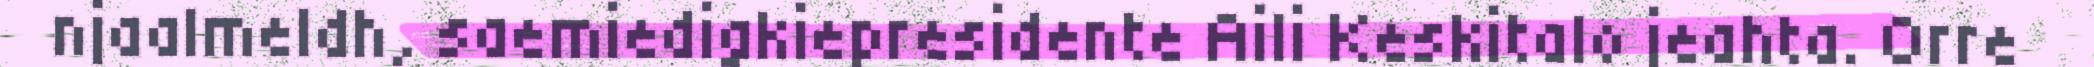
njaalmeldh, saemiedigkiepresidente Aili Keskitalo jeahta. Orre